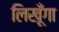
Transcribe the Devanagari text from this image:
लिखूँगा